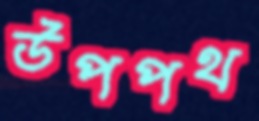
উপপথ